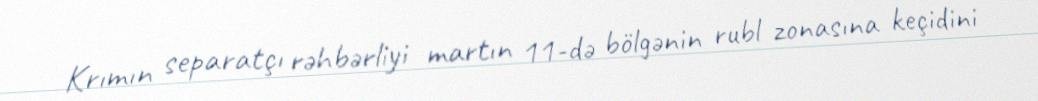
Krımın separatçı rəhbərliyi martın 11-də bölgənin rubl zonasına keçidini